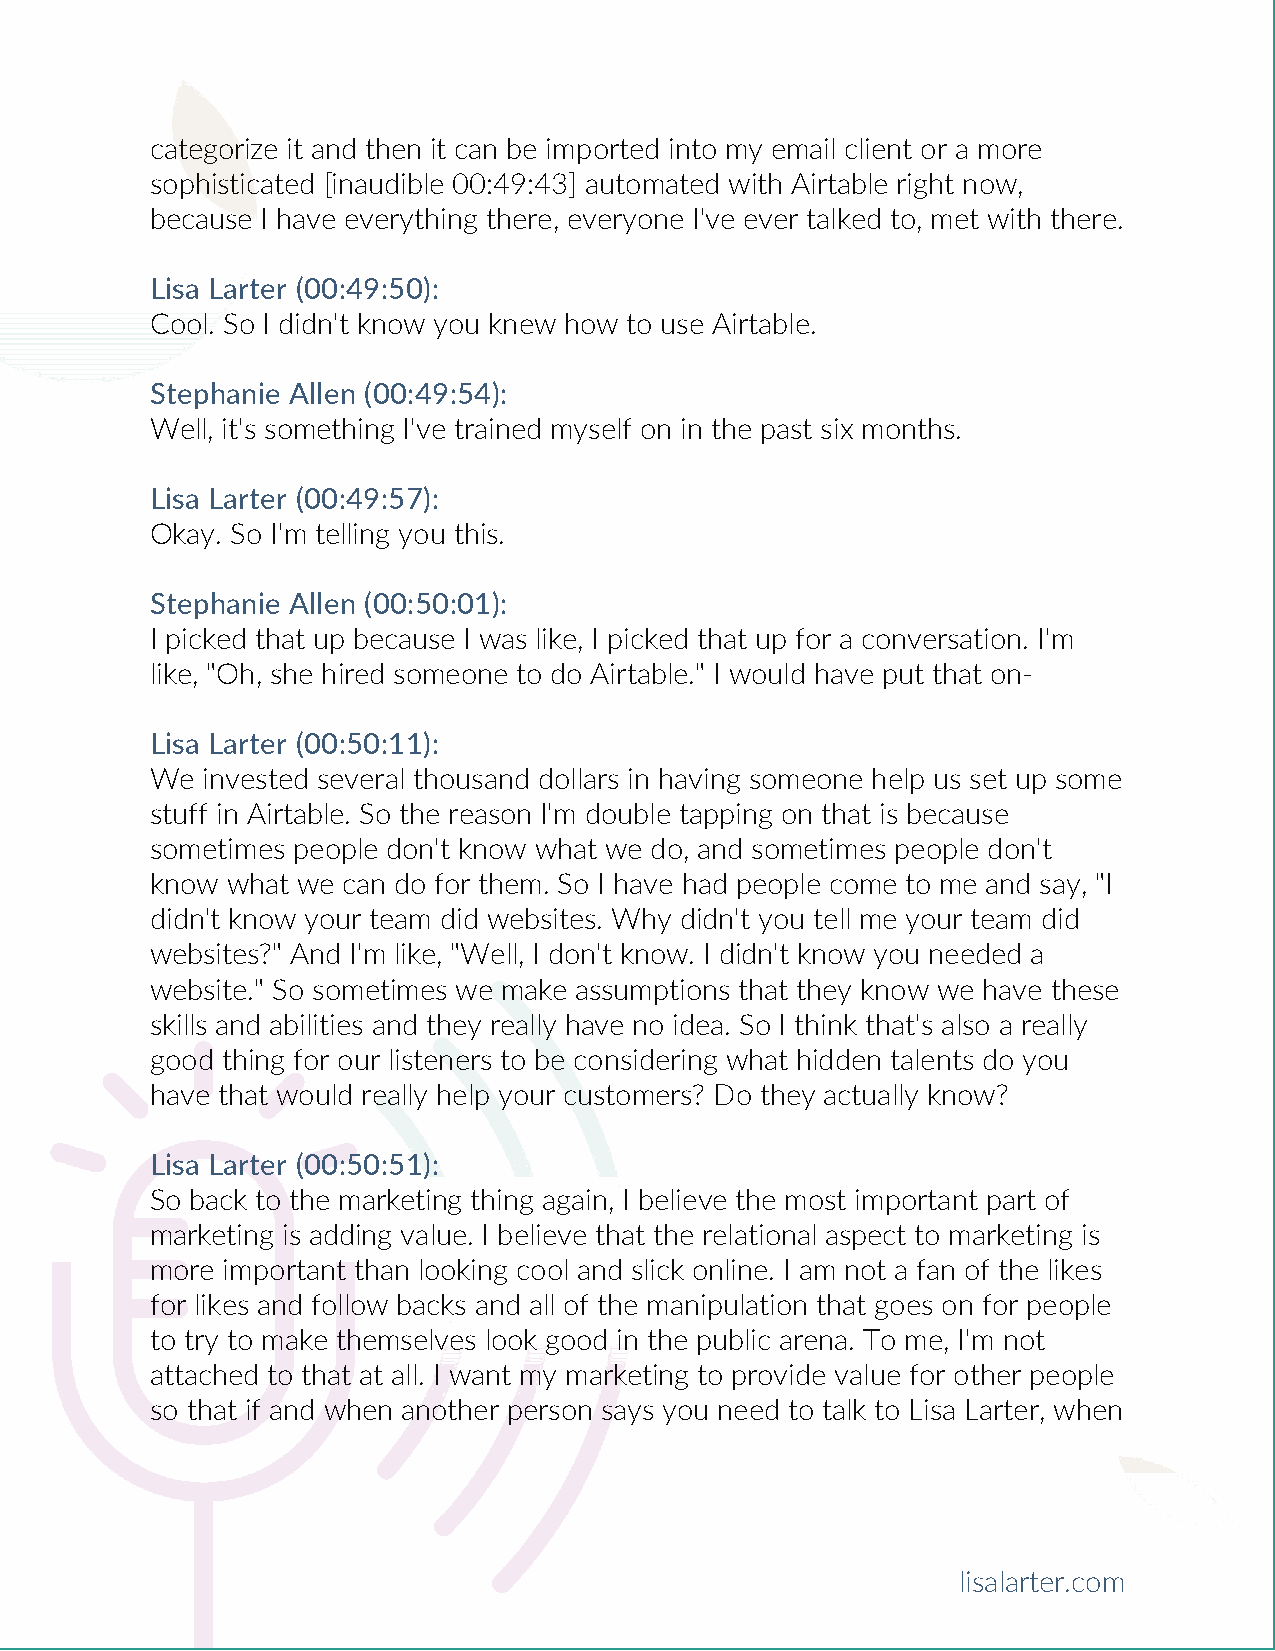
categorize it and then it can be imported into my email client or a more
 sophisticated [inaudible 00:49:43] automated with Airtable right now,
 because I have everything there, everyone I've ever talked to, met with there.
 Lisa Larter (00:49:50):
 Cool. So I didn't know you knew how to use Airtable.
 Stephanie Allen (00:49:54):
 Well, it's something I've trained myself on in the past six months.
 Lisa Larter (00:49:57):
 Okay. So I'm telling you this.
 Stephanie Allen (00:50:01):
 I picked that up because I was like, I picked that up for a conversation. I'm
 like, "Oh, she hired someone to do Airtable." I would have put that on-
 Lisa Larter (00:50:11):
 We invested several thousand dollars in having someone help us set up some
 stuff in Airtable. So the reason I'm double tapping on that is because
 sometimes people don't know what we do, and sometimes people don't
 know what we can do for them. So I have had people come to me and say, "I
 didn't know your team did websites. Why didn't you tell me your team did
 websites?" And I'm like, "Well, I don't know. I didn't know you needed a
 website." So sometimes we make assumptions that they know we have these
 skills and abilities and they really have no idea. So I think that's also a really
 good thing for our listeners to be considering what hidden talents do you
 have that would really help your customers? Do they actually know?
 Lisa Larter (00:50:51):
 So back to the marketing thing again, I believe the most important part of
 marketing is adding value. I believe that the relational aspect to marketing is
 more important than looking cool and slick online. I am not a fan of the likes
 for likes and follow backs and all of the manipulation that goes on for people
 to try to make themselves look good in the public arena. To me, I'm not
 attached to that at all. I want my marketing to provide value for other people
 so that if and when another person says you need to talk to Lisa Larter, when
 lisalarter.com